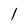
Character: l